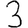
Digit: 3